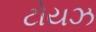
ટોયઝ